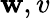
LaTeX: \mathbf{w},v